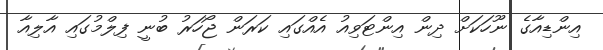
އިންޑިއާގެ ނޫހަކަށް ދިން އިންޓަވިއު އެއްގައި ކަރަން ޖޯހަރު ބުނީ ފިލްމުގައި އާލިއާ